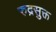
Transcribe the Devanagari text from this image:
रुद्रसुक्त